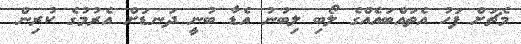
މެޗަށް ފަހު އެތައްބައެއްގެ ލޯބި ލިބުނު އެޑާ ބުނީ ދަނޑަށް އެރުމުގެ ކުރިން